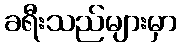
ခရီးသည်များမှာ